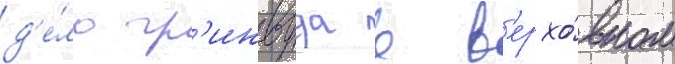
д'е́ло гр'инвуда в в'ерхо́вном